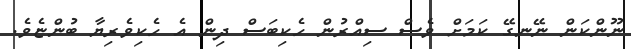
ނޫންކަން ނޭނގޭ ކަމަށް ވެސް ސިއްރުން ހެކިބަސް ދިން އެ ހެކިވެރިޔާ ބުންޏެވެ.